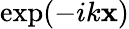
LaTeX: \exp(-ik\mathbf{x})